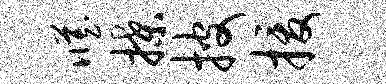
臧揲披援